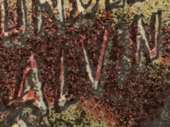
ALVIN